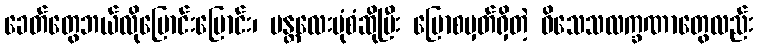
ခေတ်တွေဘယ်လိုပြောင်းပြောင်း၊ မန္တလေးပုံစံဆိုပြီး ပြောစမှတ်ရှိတဲ့ ဝိသေသလက္ခဏာတွေလည်း